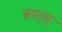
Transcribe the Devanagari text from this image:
ब्रदर्स्